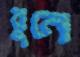
বুনে